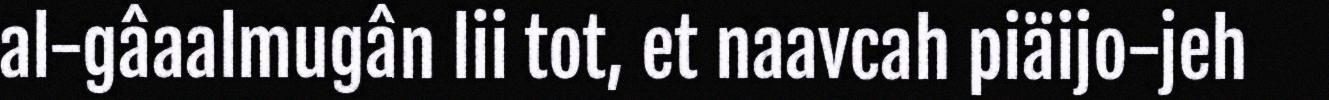
al-gâaalmugân lii tot, et naavcah piäijo-jeh